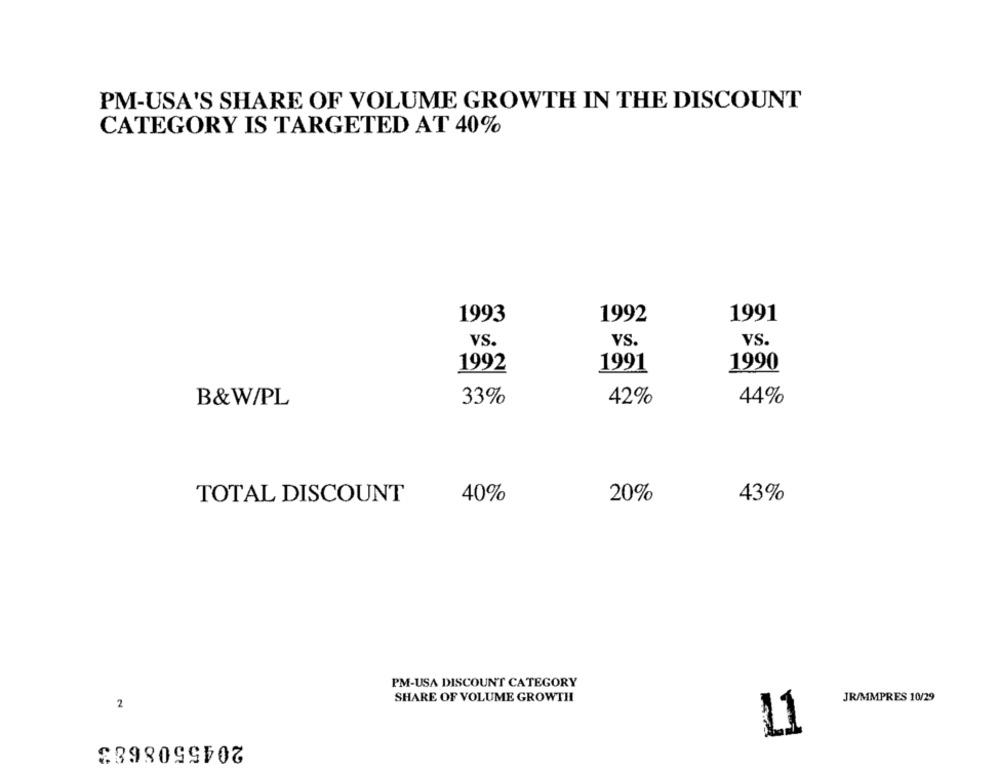
PM-USA'S SHARE OF VOLUME GROWTH IN THE DISCOUNT
CATEGORY IS TARGETED AT 40%
1993
1992
1991
VS.
VS.
VS.
1992
1991
1990
33%
42%
44%
B&W/PL
TOTAL DISCOUNT
40%
20%
43%
PM-USA DISCOUNT CATEGORY
SHARE OF VOLUME GROWTH
JR/MMPRES 10/29
2
11
2045508683